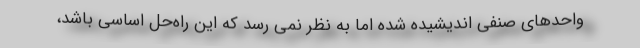
واحدهای صنفی اندیشیده شده اما به نظر نمی رسد که این راه‌حل اساسی باشد،